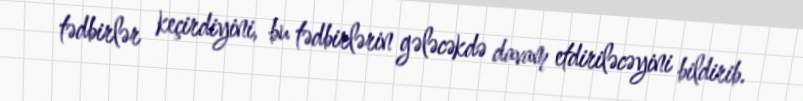
tədbirlər keçirdiyini, bu tədbirlərin gələcəkdə davam etdiriləcəyini bildirib.